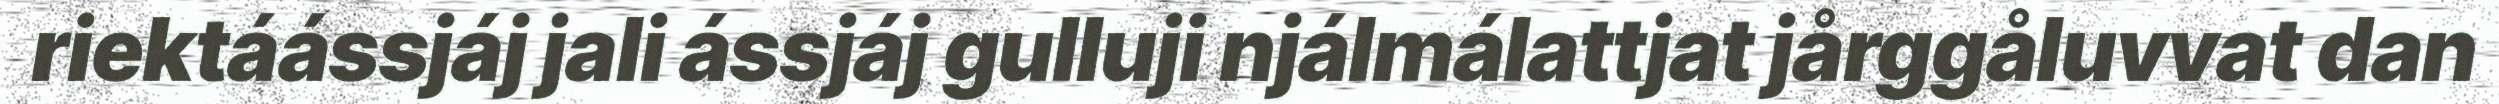
riektáássjáj jali ássjáj gulluji njálmálattjat jårggåluvvat dan